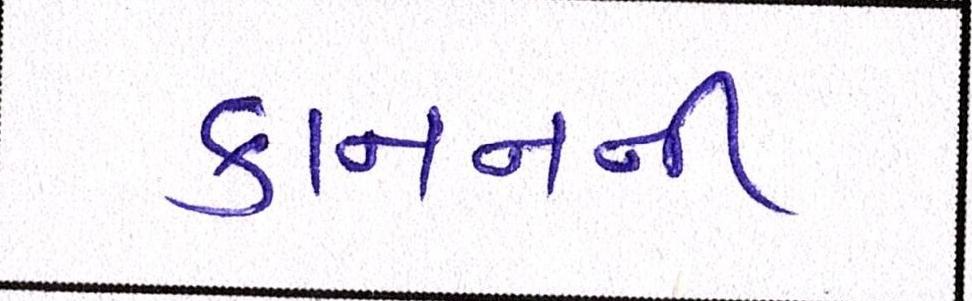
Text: કાનનની